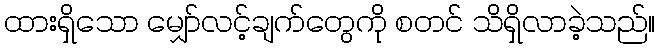
ထားရှိသော မျှော်လင့်ချက်တွေကို စတင် သိရှိလာခဲ့သည်။